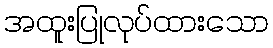
အထူးပြုလုပ်ထားသော